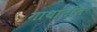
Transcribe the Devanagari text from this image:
गाथांतील